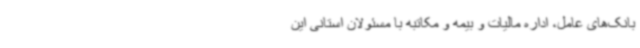
بانک‌های عامل، اداره مالیات و بیمه و مکاتبه با مسئولان استانی این